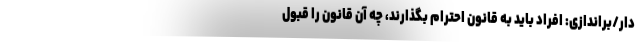
دار/براندازی: افراد باید به قانون احترام بگذارند، چه آن قانون را قبول